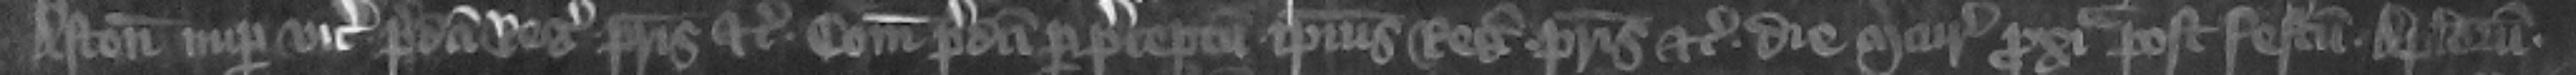
Aston nuper vicecomes predicti regis patris etc. comitatus predicti per preceptum ipsius regis patris etc. die Mercurii proxima post festum Apostolorum